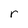
Character: r